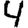
Digit: 4